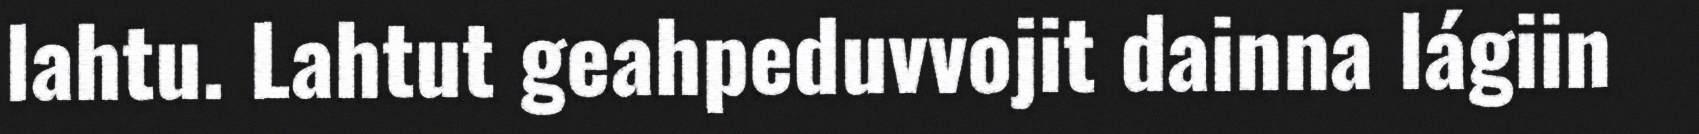
lahtu. Lahtut geahpeduvvojit dainna lágiin